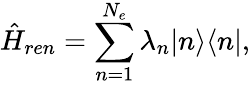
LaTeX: \hat{H}_{ren}=\sum_{n=1}^{N_{e}}\lambda_{n}|n\rangle\langle n|,